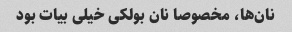
نان‌ها، مخصوصا نان بولکی خیلی بیات بود